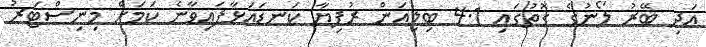
އަދި ބޭރު ލޯނުގެ ގޮތުގައި 4.1 ބިލިއަން ރުފިޔާ ކަނޑައަޅާފައިވާނެ ކަމަށް މިނިސްޓަރު